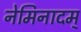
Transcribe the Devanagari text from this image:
नेमिनादम्